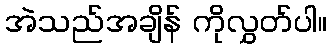
အဲသည်အချိန် ကိုလွှတ်ပါ။